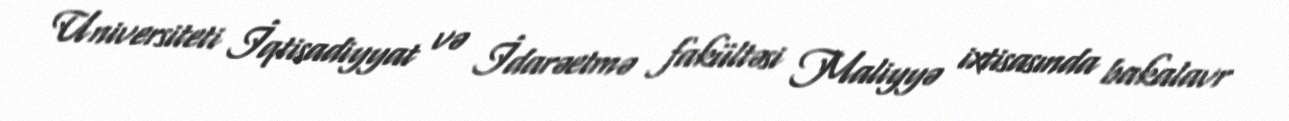
Universiteti İqtisadiyyat və İdarəetmə fakültəsi Maliyyə ixtisasında bakalavr